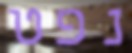
נפט